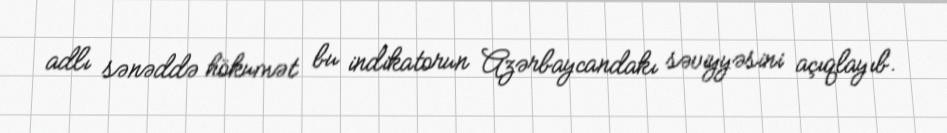
adlı sənəddə hökumət bu indikatorun Azərbaycandakı səviyyəsini açıqlayıb.